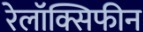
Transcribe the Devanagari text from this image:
रेलॉक्सिफीन